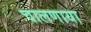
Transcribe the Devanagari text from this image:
चालणाया